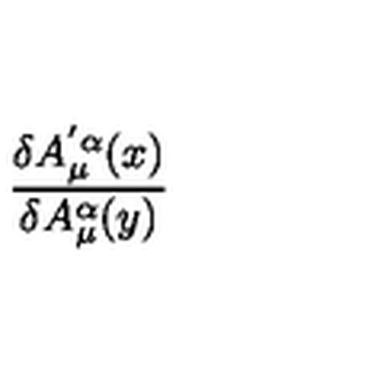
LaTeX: \frac { \delta A _ { \mu } ^ { ' \alpha } ( x ) } { \delta A _ { \mu } ^ { \alpha } ( y ) }